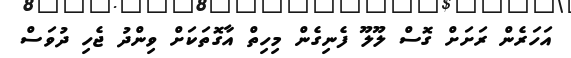
އަހަރެން ރަށަށް ގޮސް ލޫލޫ ފެނިގެން މިހިތް އާގޮތަކަށް ވިންދު ޖެހި ދުވަސް